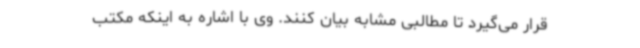
قرار می‌گیرد تا مطالبی مشابه بیان کنند. وی با اشاره به اینکه مکتب